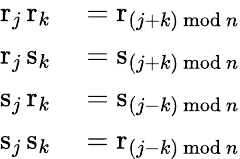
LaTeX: \begin{array}{rl}{\mathrm{r}_{j}\, \mathrm{r}_{k}}&{{}=\mathrm{r}_{(j+k){\mathrm{~mod~}}n}}\\ {\mathrm{r}_{j}\, \mathrm{s}_{k}}&{{}=\mathrm{s}_{(j+k){\mathrm{~mod~}}n}}\\ {\mathrm{s}_{j}\, \mathrm{r}_{k}}&{{}=\mathrm{s}_{(j-k){\mathrm{~mod~}}n}}\\ {\mathrm{s}_{j}\, \mathrm{s}_{k}}&{{}=\mathrm{r}_{(j-k){\mathrm{~mod~}}n}}\end{array}